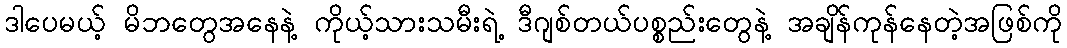
ဒါပေမယ့် မိဘတွေအနေနဲ့ ကိုယ့်သားသမီးရဲ့ ဒီဂျစ်တယ်ပစ္စည်းတွေနဲ့ အချိန်ကုန်နေတဲ့အဖြစ်ကို